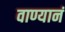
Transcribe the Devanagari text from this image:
वाण्यानं